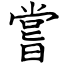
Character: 嘗